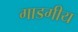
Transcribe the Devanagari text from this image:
गाडगीय